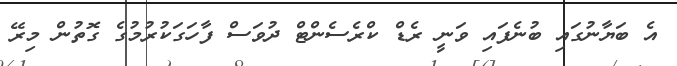
އެ ބަޔާނުގައި ބުނެފައި ވަނީ ރެޑް ކްރެސެންޓް ދުވަސް ފާހަގަކުރުމުގެ ގޮތުން މިރޭ